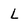
Character: L